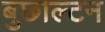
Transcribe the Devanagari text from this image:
बुछाल्टन